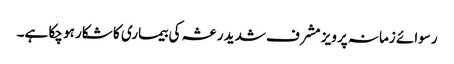
رسوائے زمانہ پرویز مشرف شدید رعشہ کی بیماری کا شکار ہو چکا ہے۔